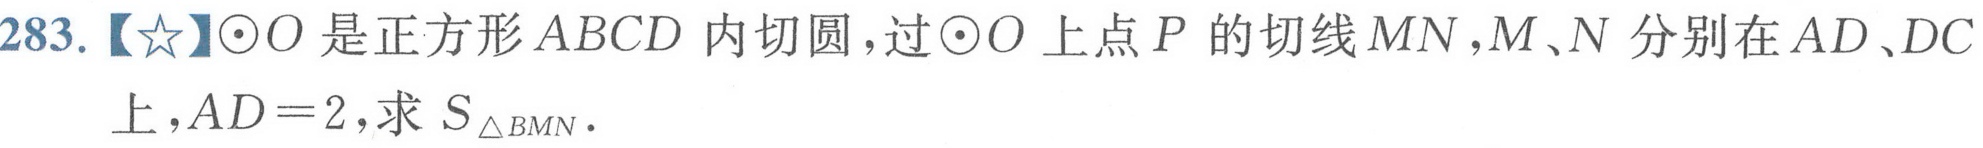
283.【★】\(\odot O\)是正方形\(ABCD\)内切圆，过\(\odot O\)上点\(P\)的切线\(MN\)，\(M、N\)分别在\(AD、DC\)
上，\(AD = 2\)，求\(S_{\triangle BMN}\).